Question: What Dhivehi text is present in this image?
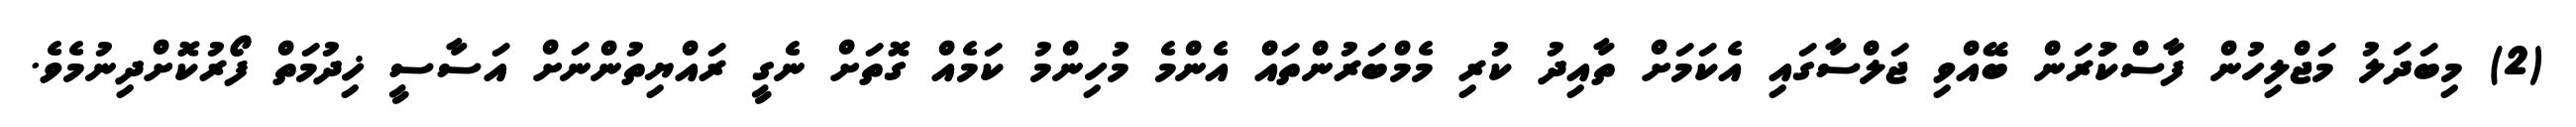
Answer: (2) މިބަދަލު މަޖްލިހުން ފާސްކުަރަން ބޭއްވި ޖަލްސާގައި އެކަމަށް ތާއިދު ކުރި މެމްބަރުންތައް އެންމެ މުހިންމު ކަމެއް ގޮތަށް ނެގީ ރައްޔިތުންނަށް އަސާސީ ޚިދުމަތް ފޯރުކޮށްދިނުމެވެ.